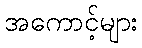
အကောင့်များ